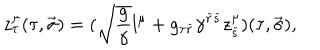
z _ { \tau } ^ { \mu } ( \tau , \vec { \sigma } ) = ( \sqrt { { \frac { g } { \gamma } } } l ^ { \mu } + g _ { \tau { \check { r } } } \gamma ^ { { \check { r } } { \check { s } } } z _ { \check { s } } ^ { \mu } ) ( \tau , \vec { \sigma } ) ,